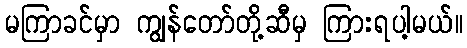
မကြာခင်မှာ ကျွန်တော်တို့ဆီမှ ကြားရပါ့မယ်။